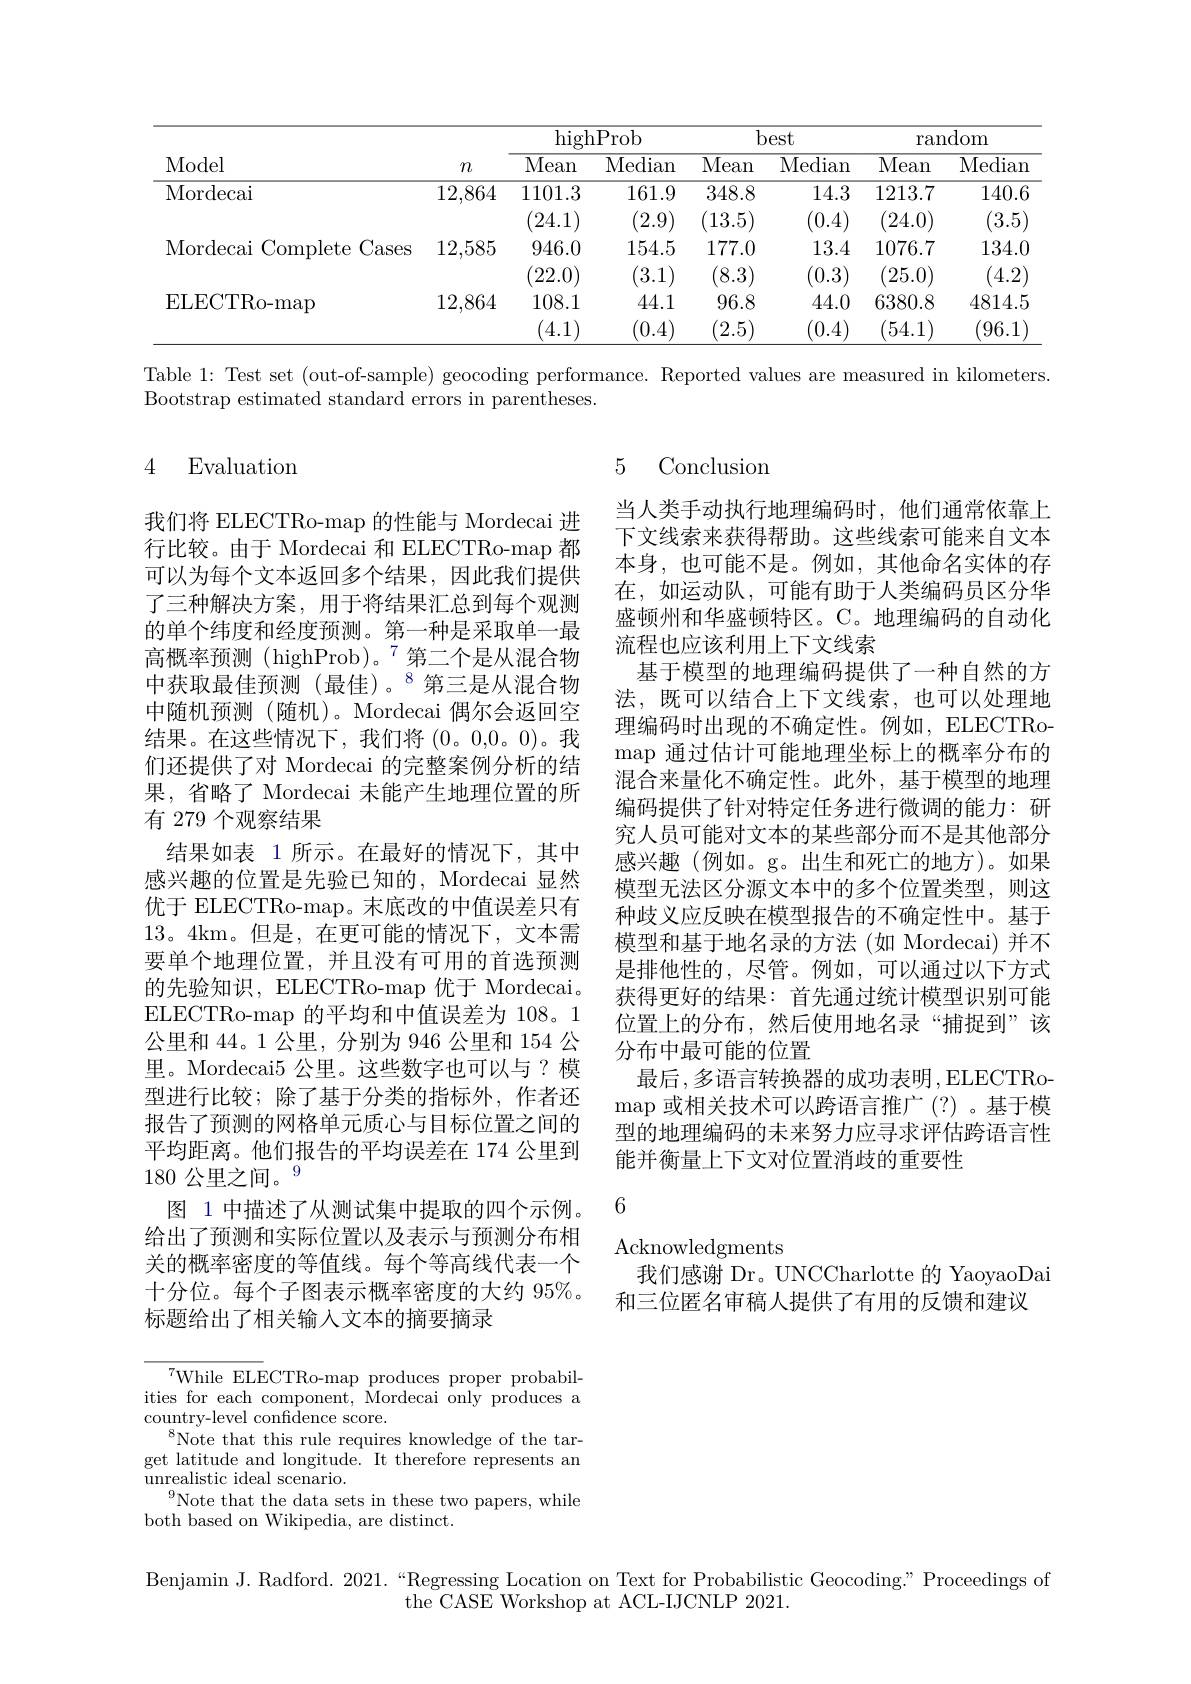
<table>
	<tbody>
		<tr>
			<th rowspan="2">Model</th>
			<th rowspan="2">$m$</th>
			<th colspan="2">highProb</th>
			<th colspan="2">best</th>
			<th colspan="2">random</th>
		</tr>
		<tr>
			<th>$\overline{\mathrm{Mean}}$</th>
			<th>Median</th>
			<th>$\overline{\mathrm{Mean}}$</th>
			<th>Median</th>
			<th>$\overline{\mathrm{Mean}}$</th>
			<th>Mediam</th>
		</tr>
		<tr>
			<td>Mordecai</td>
			<td>12,864</td>
			<td>1101.3 24.1</td>
			<td>161.9 (2.9)</td>
			<td>348.8 13.5</td>
			<td>14.3 (0.4) 1</td>
			<td>1213.7 24.0)</td>
			<td>140.6 3.5</td>
		</tr>
		<tr>
			<td>Mordecai Complete Cases</td>
			<td>12,585</td>
			<td>946.0 22.0</td>
			<td>154.5 3.1</td>
			<td>177.0 8.3</td>
			<td>13.4 $^{\prime}0.3$</td>
			<td>1076.7 25.0</td>
			<td>134.0 4.2</td>
		</tr>
		<tr>
			<td>ELECTRo-map</td>
			<td>12,864</td>
			<td>108.1</td>
			<td>44.1</td>
			<td>96.8</td>
			<td>44.0</td>
			<td>6380.8</td>
			<td>4814.5</td>
		</tr>
		<tr>
			<td> </td>
			<td> </td>
			<td>4.1</td>
			<td>(0.4</td>
			<td>2.5</td>
			<td>$^{'}0.4$</td>
			<td>54.1</td>
			<td>96.1</td>
		</tr>
	</tbody>
</table>

Table 1: Test set (out-of-sample) geocoding performance. Reported values are measured in kilometers.

Bootstrap estimated standard errors in parentheses.

# 4 Evaluation

5 Conclusion

当人类手动执行地理编码时，他们通常依靠上下文线索来获得帮助。这些线索可能来自文本本身，也可能不是。例如，其他命名实体的存在，如运动队，可能有助于人类编码员区分华盛顿州和华盛顿特区。C。地理编码的自动化流程也应该利用上下文线索
基于模型的地理编码提供了一种自然的方法，既可以结合上下文线索，也可以处理地理编码时出现的不确定性。例如，ELECTRomap 通过估计可能地理坐标上的概率分布的混合来量化不确定性。此外，基于模型的地理编码提供了针对特定任务进行微调的能力：研究人员可能对文本的某些部分而不是其他部分感兴趣(例如。g。出生和死亡的地方)。如果模型无法区分源文本中的多个位置类型，则这种歧义应反映在模型报告的不确定性中。基于模型和基于地名录的方法(如 Mordecai) 并不是排他性的，尽管。例如，可以通过以下方式获得更好的结果：首先通过统计模型识别可能位置上的分布，然后使用地名录“捕捉到”该分布中最可能的位置
最后，多语言转换器的成功表明，ELECTRo- $\operatorname*{map}$或相关技术可以跨语言推广 (?)。基于模型的地理编码的未来努力应寻求评估跨语言性能并衡量上下文对位置消歧的重要性

我们将 ELECTRo-map 的性能与 Mordecai 进行比较。由于 Mordecai 和 ELECTRo-map 都可以为每个文本返回多个结果，因此我们提供了三种解决方案，用于将结果汇总到每个观测的单个纬度和经度预测。第一种是采取单一最高概率预测 (highProb)。$^{7}$第二个是从混合物中获取最佳预测(最佳)。$^{8}$第三是从混合物中随机预测(随机)。Mordecai 偶尔会返回空结果。在这些情况下，我们将 (0。0,0。0)。我们还提供了对 Mordecai 的完整案例分析的结果，省略了 Mordecai 未能产生地理位置的所有 279 个观察结果
结果如表 1 所示。在最好的情况下，其中感兴趣的位置是先验已知的，Mordecai 显然优于 ELECTRo-map。末底改的中值误差只有13。4km。但是，在更可能的情况下，文本需要单个地理位置，并且没有可用的首选预测的先验知识，ELECTRo-map 优于 Mordecai。ELECTRo-map 的平均和中值误差为 108。1公里和 44。1 公里，分别为 946 公里和 154 公里。Mordecai5 公里。这些数字也可以与？模型进行比较；除了基于分类的指标外，作者还报告了预测的网格单元质心与目标位置之间的平均距离。他们报告的平均误差在 174 公里到$180\text{ 公里之间。}^{9}$
图 1 中描述了从测试集中提取的四个示例。给出了预测和实际位置以及表示与预测分布相关的概率密度的等值线。每个等高线代表一个十分位。每个子图表示概率密度的大约 95%。标题给出了相关输入文本的摘要摘录

6

Acknowledgments
我们感谢 Dr。UNCCharlotte 的 YaoyaoDai
和三位匿名审稿人提供了有用的反馈和建议

${^{7}\text{While ELECTRo-map produces proper probabil-}}$ ities for each component, Mordecai only produces a $\underset{a}{\operatorname*{\text{country-level confidence score.}}}$
$^{8}$Note that this rule requires knowledge of the target latitude and longitude. It therefore represents an $\operatorname*{unrealistic}$ ideal scenario.
$^{9}$Note that the data sets in these two papers, while
both based on Wikipedia, are distinct.

Benjamin J. Radford. 2021.“Regressing Location on Text for Probabilistic Geocoding" Proceedings of
the CASE Workshop at ACL- IJCNLP 2021.